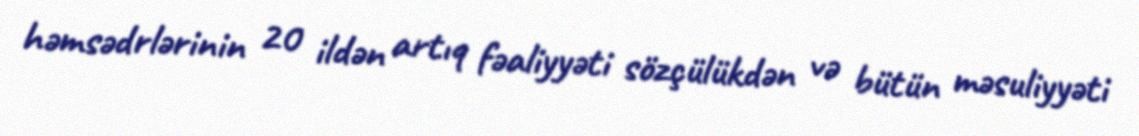
həmsədrlərinin 20 ildən artıq fəaliyyəti sözçülükdən və bütün məsuliyyəti